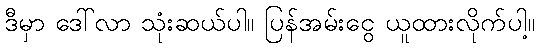
ဒီမှာ ဒေါ်လာ သုံးဆယ်ပါ။ ပြန်အမ်းငွေ ယူထားလိုက်ပါ့။